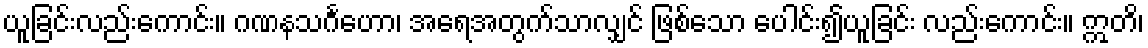
ယူခြင်းလည်းကောင်း။ ဂဏနသင်္ဂဟော၊ အရေအတွက်သာလျှင် ဖြစ်သော ပေါင်း၍ယူခြင်း လည်းကောင်း။ ဣတိ၊